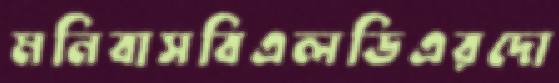
মনিবাসবিএলডিএরদো